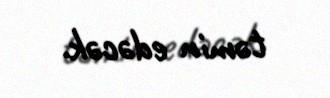
təmin edəcək.